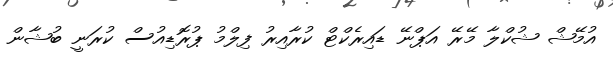
އުމޭޝް ޝުކްލާ މޭރޭ އަޕްނޭ ޑައިރެކްޓް ކުރާއިރު ފިލްމު ޕުރޮޑިއުސް ކުރަނީ ބުޝާން